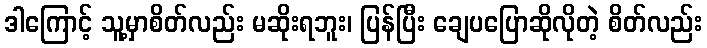
ဒါကြောင့် သူ့မှာစိတ်လည်း မဆိုးရဘူး၊ ပြန်ပြီး ချေပပြောဆိုလိုတဲ့ စိတ်လည်း